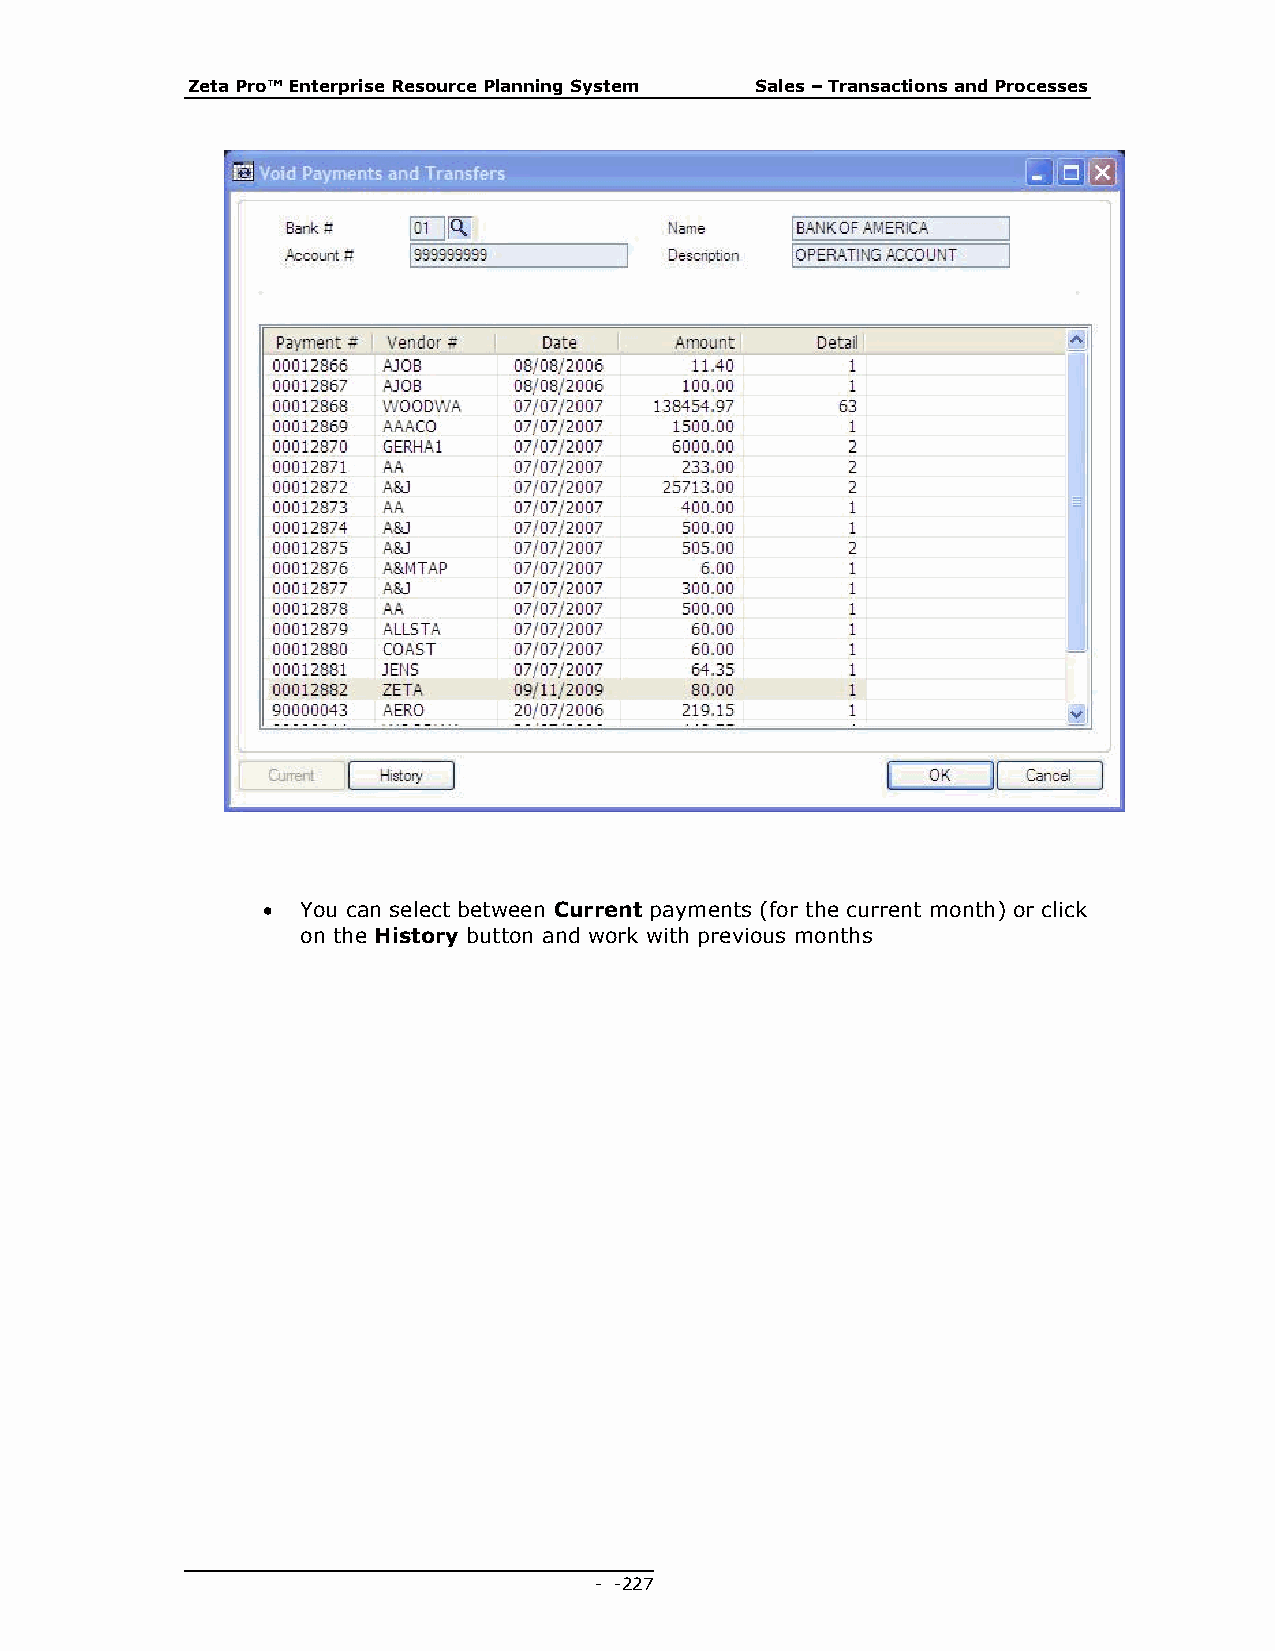
Zeta Pro™ Enterprise Resource Planning System Sales – Transactions and Processes
   You can select between Current payments (for the current month) or click
 on the History button and work with previous months
 - - 227